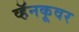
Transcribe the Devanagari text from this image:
व्हॅनकूवर